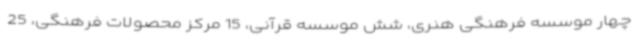
چهار موسسه فرهنگی هنری، شش موسسه قرآنی، 15 مرکز محصولات فرهنگی، 25